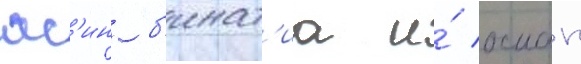
яс'ин б'инат'иа и́ осман